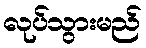
လုပ်သွားမည်